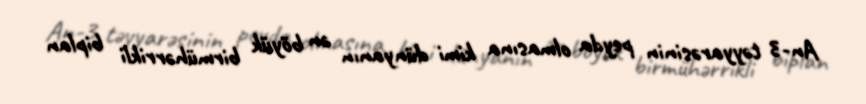
An-3 təyyarəsinin peyda olmasına kimi dünyanın ən böyük birmühərrikli biplan